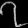
Digit: ၇